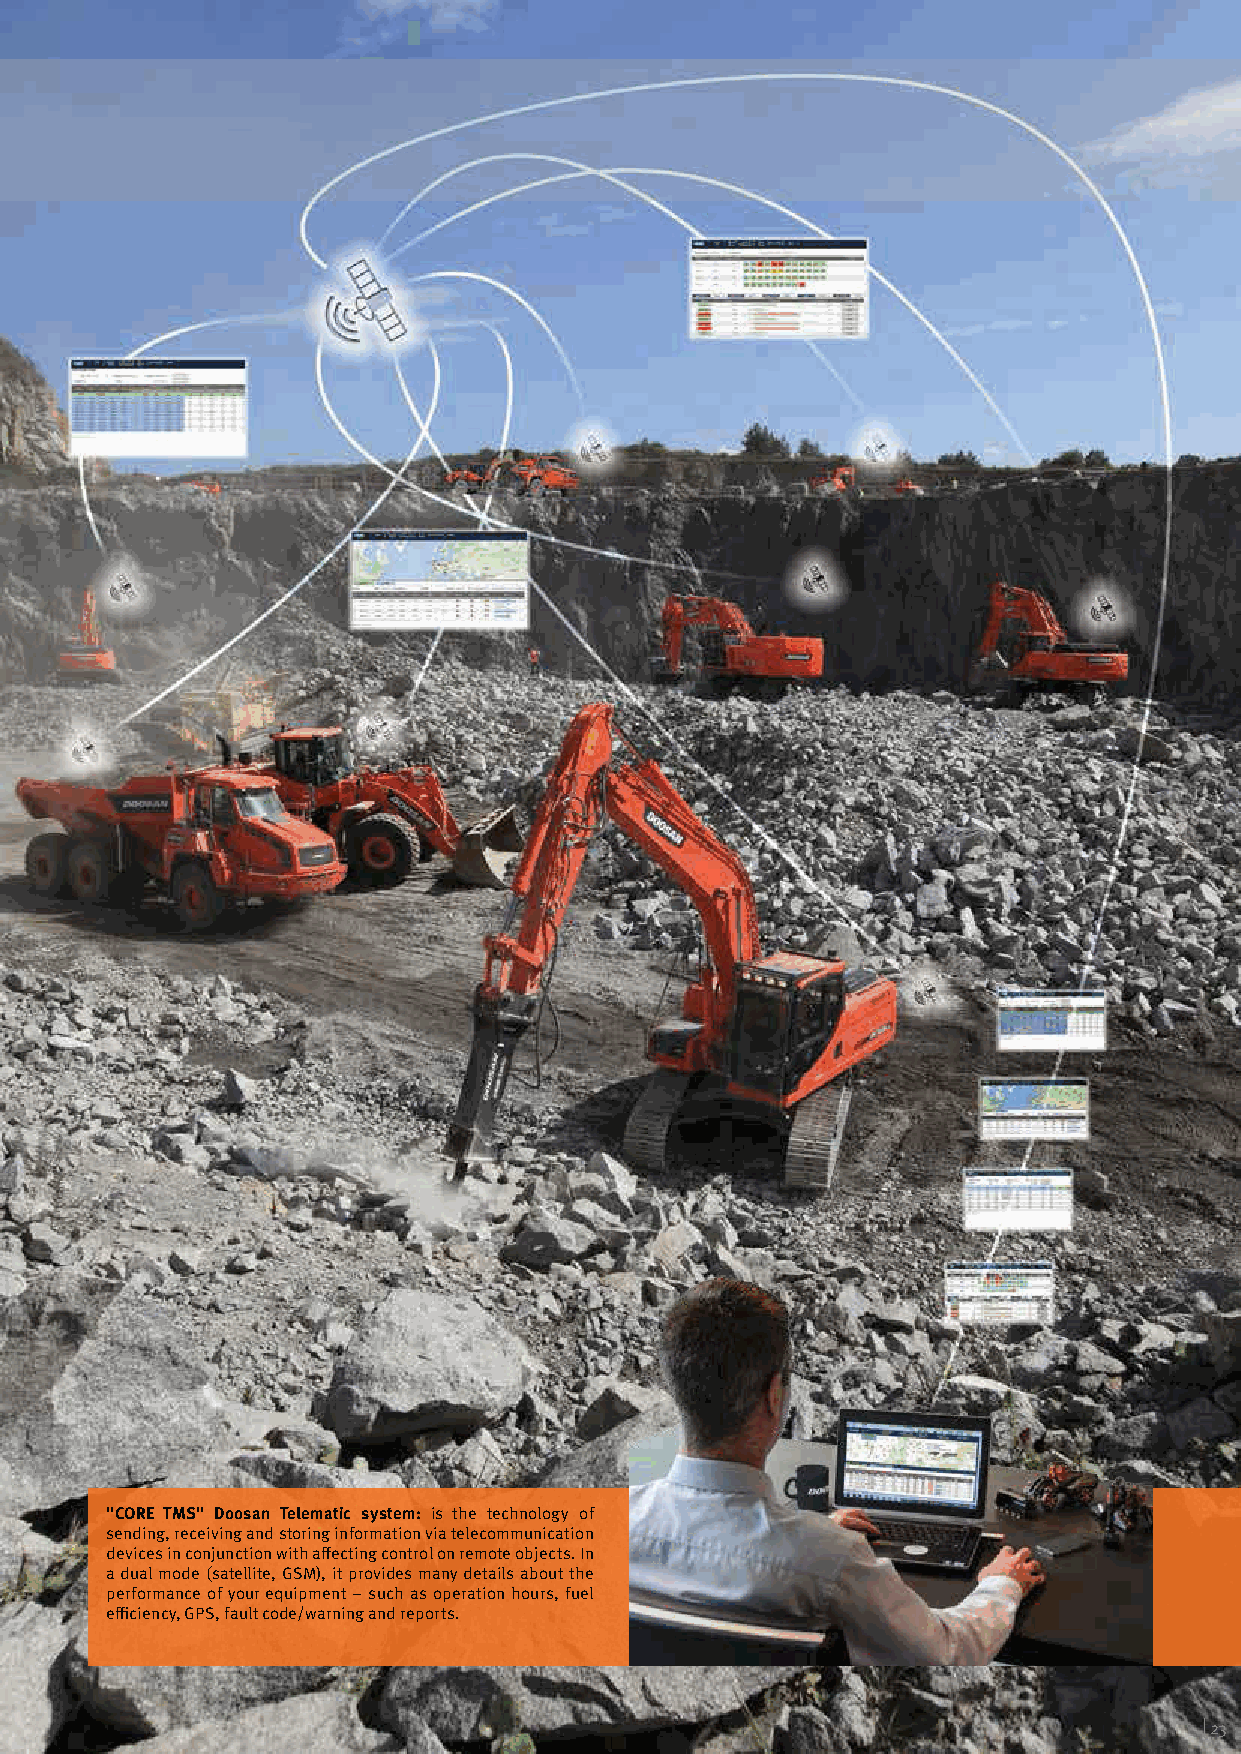
"CORE TMS" Doosan Telematic system: is the technology of
 sending, receiving and storing information via telecommunication
 devices in conjunction with affecting control on remote objects. In
 a dual mode (satellite, GSM), it provides many details about the
 performance of your equipment – such as operation hours, fuel
 efficiency, GPS, fault code/warning and reports.
 | 23